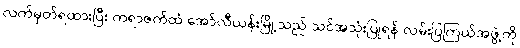
လက်မှတ်ရထားပြီး ကရာဇက်ထံ အော်လီယန်းမြို့သည် သင်အသုံးပြုရန် လမ်းပြကြယ်အဖွဲ့ကို